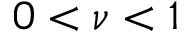
0 < \nu < 1